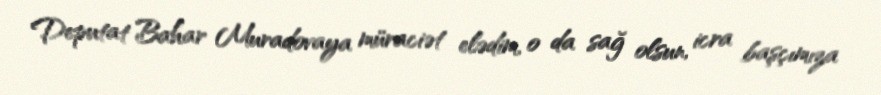
Deputat Bahar Muradovaya müraciət elədim, o da sağ olsun, icra başçımıza